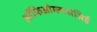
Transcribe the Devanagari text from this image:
ऑफिओग्लासेसिई